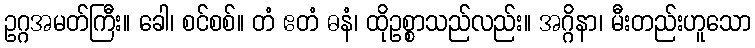
ဥဂ္ဂအမတ်ကြီး။ ခေါ၊ စင်စစ်။ တံ ဧတံ ဓနံ၊ ထိုဥစ္စာသည်လည်း။ အဂ္ဂိနာ၊ မီးတည်းဟူသော